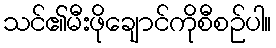
သင်၏မီးဖိုချောင်ကိုစီစဉ်ပါ။